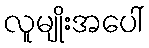
လူမျိုးအပေါ်